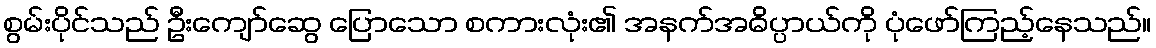
စွမ်းပိုင်သည် ဦးကျော်ဆွေ ပြောသော စကားလုံး၏ အနက်အဓိပ္ပာယ်ကို ပုံဖော်ကြည့်နေသည်။